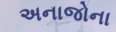
અનાજોના